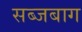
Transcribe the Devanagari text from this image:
सब्जबाग